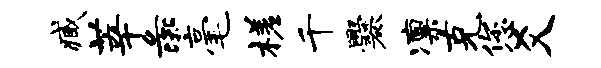
臧莘彘毫槎千爨凛克您爻